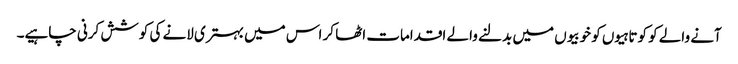
آنے والے کو کوتاہیوں کو خوبیوں میں بدلنے والے اقدامات اٹھا کر اس میں بہتری لانے کی کوشش کرنی چاہیے۔